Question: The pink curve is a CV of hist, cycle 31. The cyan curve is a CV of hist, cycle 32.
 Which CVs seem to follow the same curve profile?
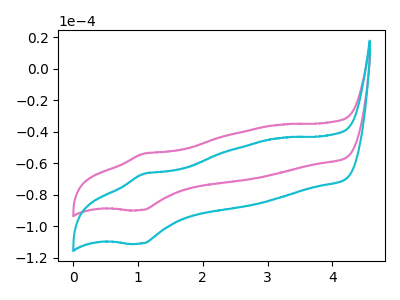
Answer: <think>The pink curve "hist, cycle 31" has an anodic peak at (1.10V, -54.00uA) and a cathodic peak at (1.05V, -89.65uA). The cyan curve "hist, cycle 32" has an anodic peak at (1.10V, -66.75uA) and a cathodic peak at (1.05V, -110.85uA).
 All the peaks in "hist, cycle 31" have a peak in "hist, cycle 32" at the same potential.</think>
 <answer>"hist, cycle 31" and "hist, cycle 32" have the same shape and are likely CV's of the same chemical.</answer>
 <eval>"hist, cycle 31" "hist, cycle 32"</eval>